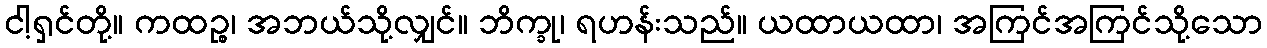
ငါ့ရှင်တို့။ ကထဉ္စ၊ အဘယ်သို့လျှင်။ ဘိက္ခု၊ ရဟန်းသည်။ ယထာယထာ၊ အကြင်အကြင်သို့သော